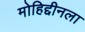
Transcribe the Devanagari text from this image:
मोहिद्दीनला